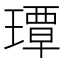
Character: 㻼